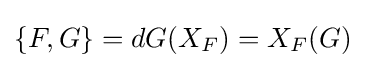
\{F,G\}=dG(X_{F})=X_{F}(G)